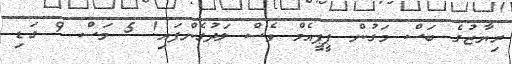
ރިޔާޒުގެ ބަސް މަގުން ޕީޕީއެމް ވެސް ލަދުގެންފައި! 5 މަސް 9 ގަޑި